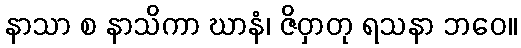
နာသာ စ နာသိကာ ဃာနံ၊ ဇိဝှာတု ရသနာ ဘဝေ။